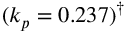
( k _ { p } = 0 . 2 3 7 ) ^ { \dagger }